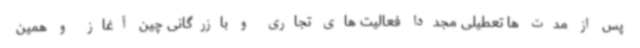
پس از مدت ها تعطیلی مجددا فعالیت های تجاری و بازرگانی چین آغاز و همین